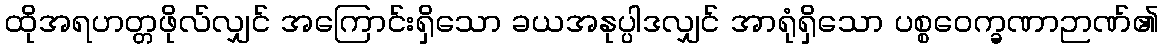
ထိုအရဟတ္တဖိုလ်လျှင် အကြောင်းရှိသော ခယအနုပ္ပါဒလျှင် အာရုံရှိသော ပစ္စဝေက္ခဏာဉာဏ်၏